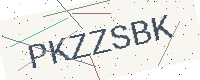
Text: PKZZSBK